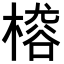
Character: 𣙴